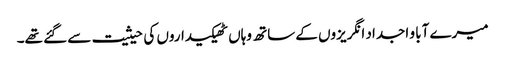
میرے آبا و اجداد انگریزوں کے ساتھ وہاں ٹھیکیداروں کی حیثیت سے گئے تھے۔